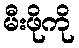
မီးဖိုကို